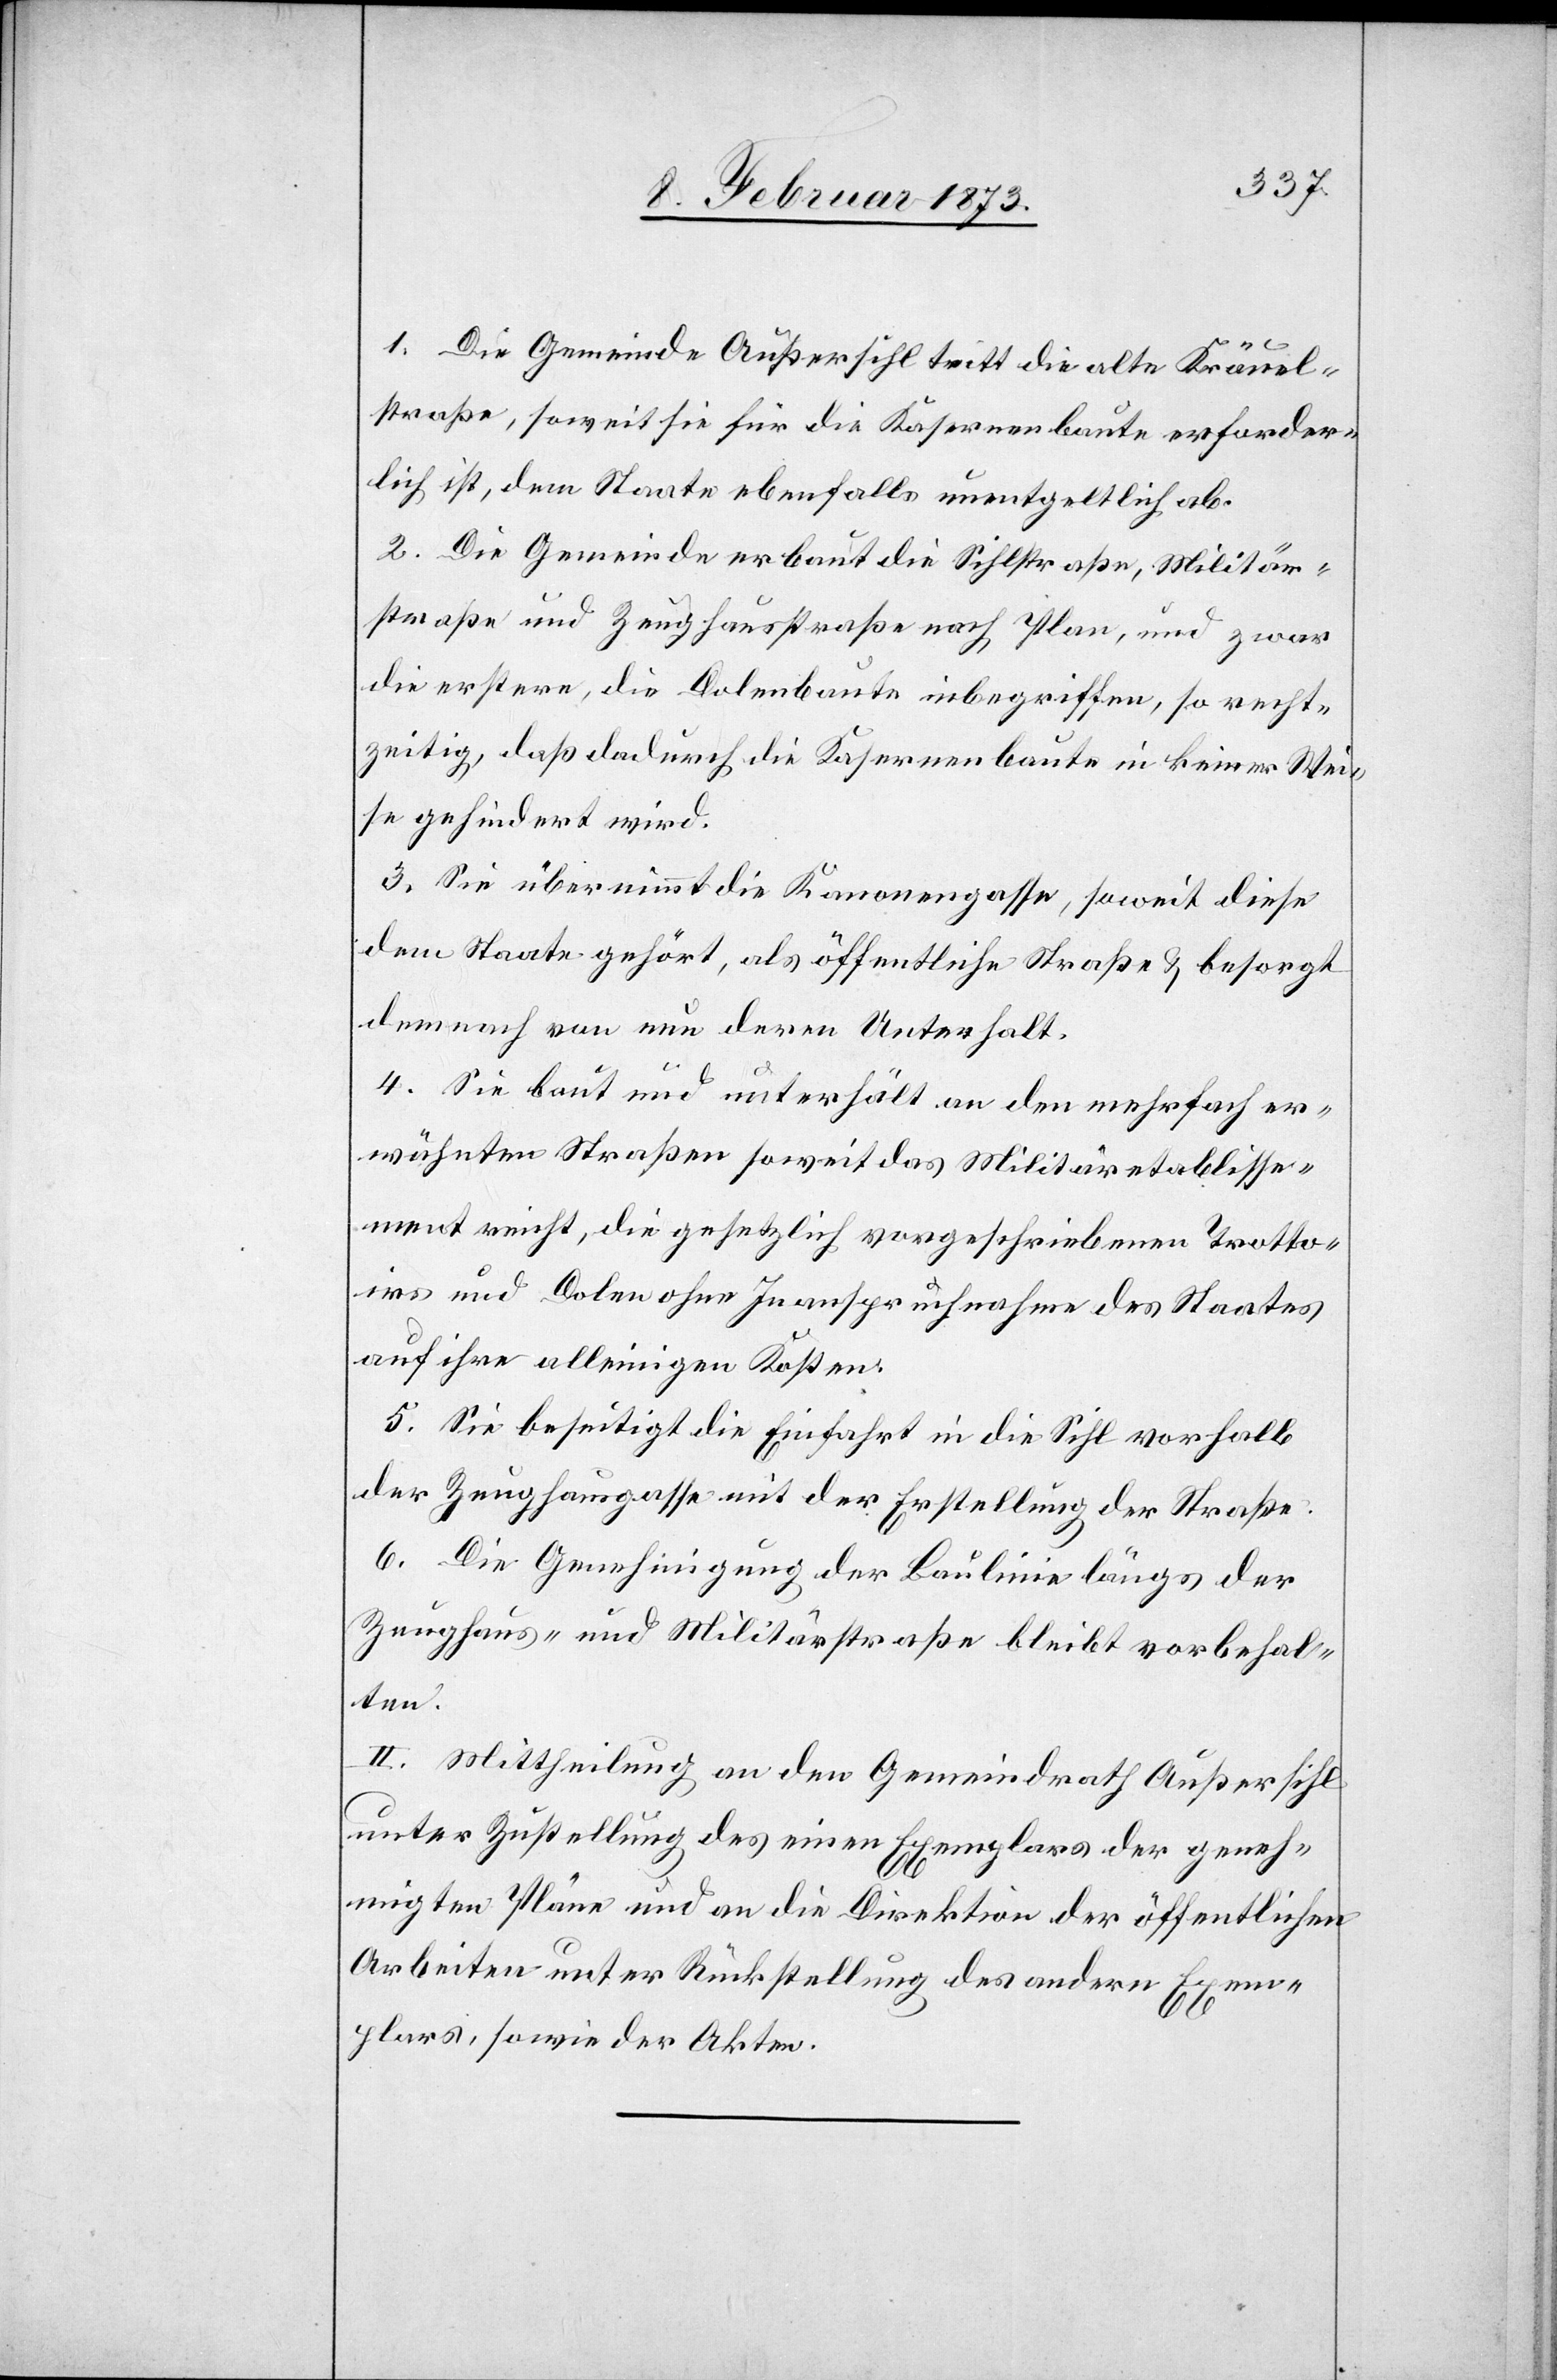
1. Die Gemeinde Außersihl tritt die alte Kräuel¬
straße, soweit sie für die Kasernenbaute erforder¬
lich ist, dem Staate ebenfalls unentgeltlich ab.
2. Die Gemeinde erbaut die Sihlstraße, Militär¬
straße und Zeughausstraße nach Plan, und zwar
die erstere, die Dolenbaute inbegriffen, so recht¬
zeitig, daß dadurch die Kasernenbaute in keiner Wei¬
se gehindert wird.
3. Sie übernimmt die Kanonengasse, soweit diese
dem Staate gehört, als öffentliche Straße u. besorgt
demnach von nun deren Unterhalt.
4. Sie baut und unterhält an den mehrfach er¬
wähnten Straßen soweit das Militäretablisse¬
ment reicht, die gesetzlich vorgeschriebenen Trotto¬
irs und Dolen ohne Inanspruchnahme des Staates
auf ihre alleinigen Kosten.
5. Sie beseitigt die Einfahrt in die Sihl vorhalb
der Zeughausgasse mit der Erstellung der Straße.
6. Die Genehmigung der Baulinie längs der
Zeughaus- und Militärstraße bleibt vorbehal¬
ten.
II. Mittheilung an den Gemeindrath Außersihl
unter Zustellung des einen Exemplars der geneh¬
migten Pläne und an die Direktion der öffentlichen
Arbeiten unter Rückstellung des andern Exem¬
plars, sowie der Akten.